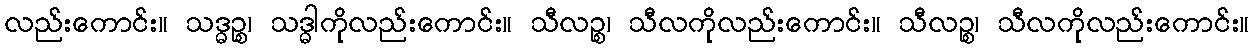
လည်းကောင်း။ သဒ္ဓဉ္စ၊ သဒ္ဓါကိုလည်းကောင်း။ သီလဉ္စ၊ သီလကိုလည်းကောင်း။ သီလဉ္စ၊ သီလကိုလည်းကောင်း။